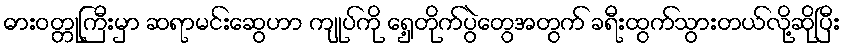
ဓားဝတ္တုကြီးမှာ ဆရာမင်းဆွေဟာ ကျုပ်ကို ရှေ့တိုက်ပွဲတွေအတွက် ခရီးထွက်သွားတယ်လို့ဆိုပြီး